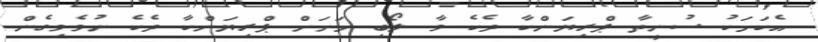
އެކަމަކު ސުނީތާ ޕްރިޔަންކާ ދެކެ ވާ ލޯބި މަށަަށް ޕްރިޔަންކާ ދެކެ ނުވެވިގެން